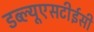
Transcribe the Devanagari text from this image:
डब्ल्यूएसटीईसी